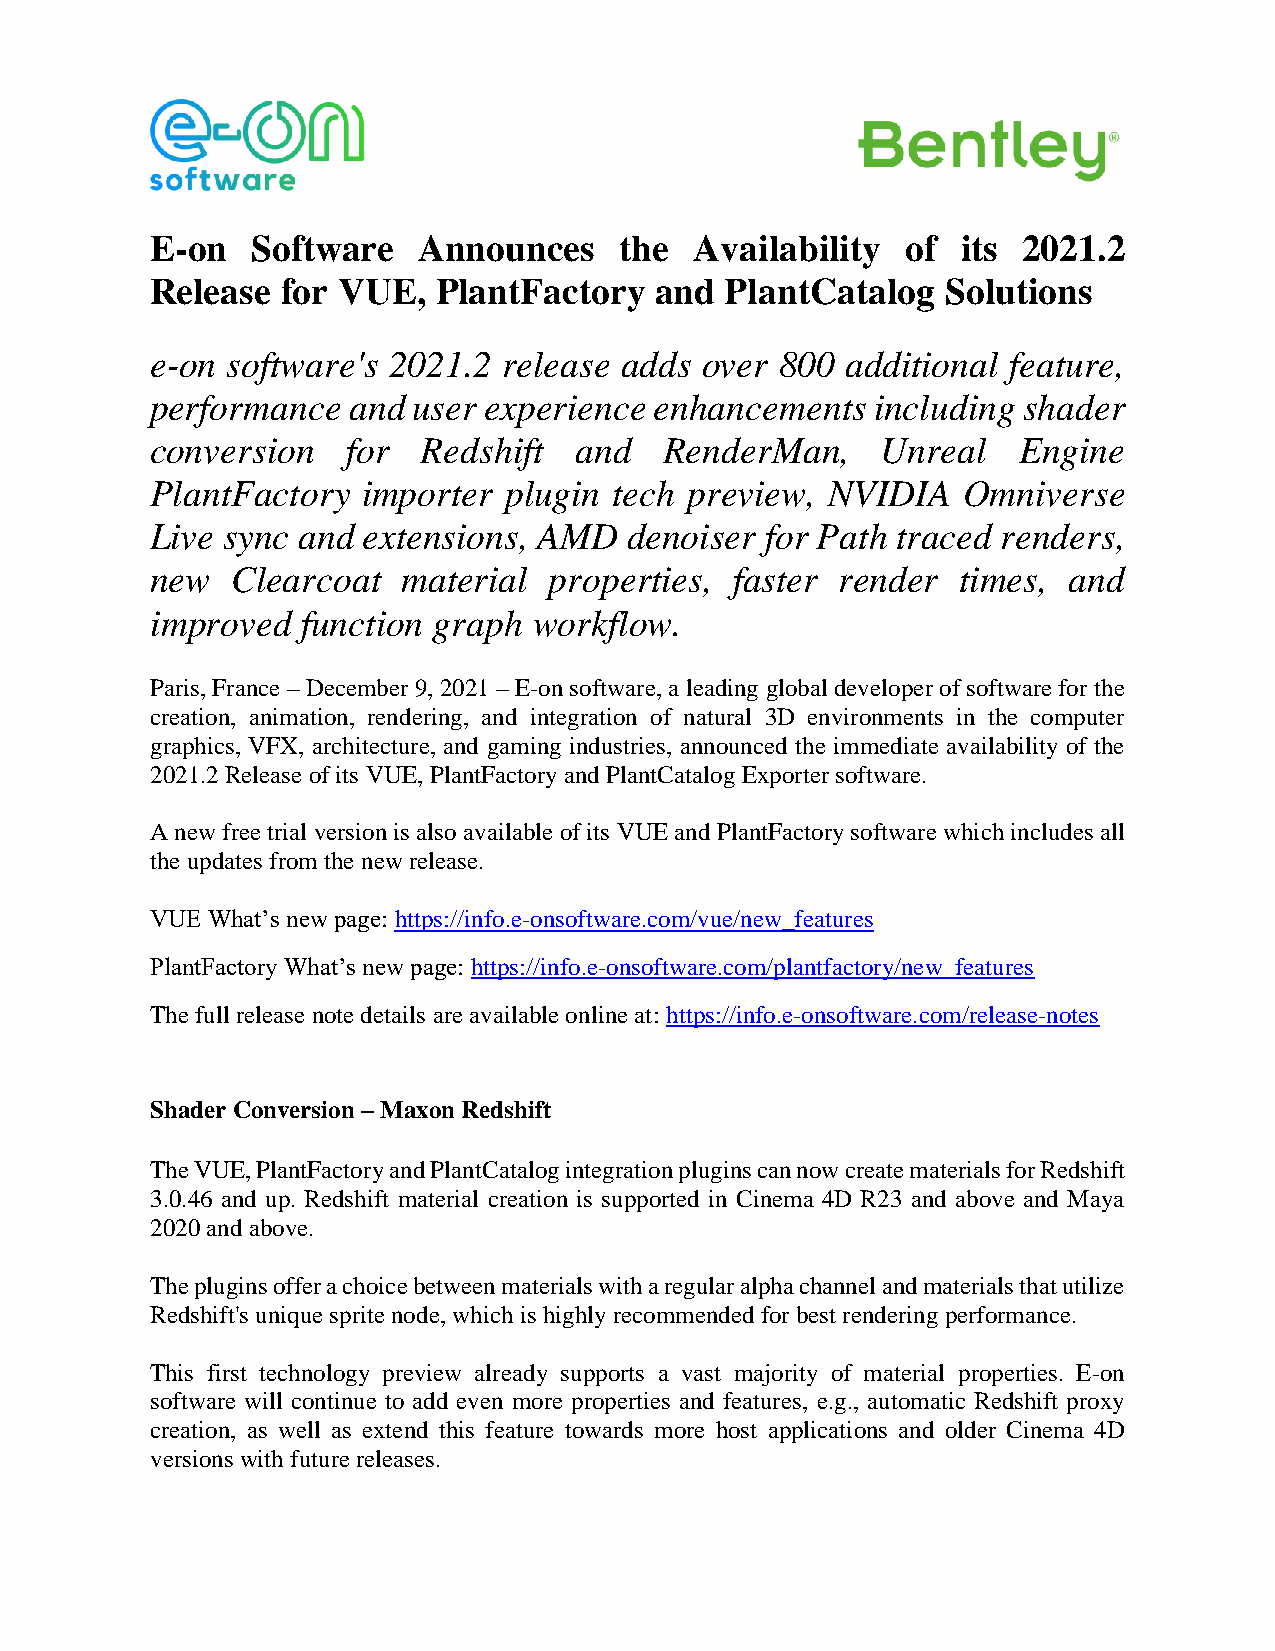
E-on   Software   Announces    the  Availability  of  its 2021.2
 Release  for VUE,  PlantFactory  and  PlantCatalog   Solutions
 e-on software's 2021.2 release adds over  800 additional feature,
 performance  and user experience enhancements   including shader
 conversion   for  Redshift  and   RenderMan,    Unreal   Engine
 PlantFactory  importer plugin  tech preview, NVIDIA   Omniverse
 Live sync and extensions, AMD   denoiser for Path traced renders,
 new  Clearcoat   material properties,  faster render  times, and
 improved  function graph workflow.
 Paris, France – December 9, 2021 – E-on software, a leading global developer of software for the
 creation, animation, rendering, and integration of natural 3D environments in the computer
 graphics, VFX, architecture, and gaming industries, announced the immediate availability of the
 2021.2 Release of its VUE, PlantFactory and PlantCatalog Exporter software.
 A new free trial version is also available of its VUE and PlantFactory software which includes all
 the updates from the new release.
 VUE What’s new page: https://info.e-onsoftware.com/vue/new_features
 PlantFactory What’s new page: https://info.e-onsoftware.com/plantfactory/new_features
 The full release note details are available online at: https://info.e-onsoftware.com/release-notes
 Shader Conversion – Maxon Redshift
 The VUE, PlantFactory and PlantCatalog integration plugins can now create materials for Redshift
 3.0.46 and up. Redshift material creation is supported in Cinema 4D R23 and above and Maya
 2020 and above.
 The plugins offer a choice between materials with a regular alpha channel and materials that utilize
 Redshift's unique sprite node, which is highly recommended for best rendering performance.
 This first technology preview already supports a vast majority of material properties. E-on
 software will continue to add even more properties and features, e.g., automatic Redshift proxy
 creation, as well as extend this feature towards more host applications and older Cinema 4D
 versions with future releases.